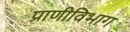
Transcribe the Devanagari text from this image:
प्राणीविभाग